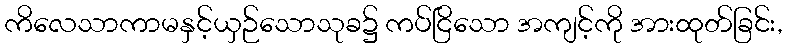
ကိလေသာကာမနှင့်ယှဉ်သောသုခ၌ ကပ်ငြိသော အကျင့်ကို အားထုတ်ခြင်း,